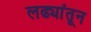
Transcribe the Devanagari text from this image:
लढ्यांतून